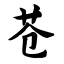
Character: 苍